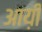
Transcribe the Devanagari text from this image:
आय़ी